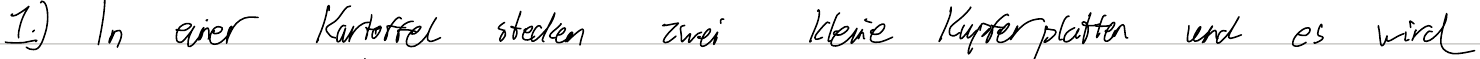
1.) In einer Kartoffel stecken zwei kleine Kupferplatten und es wird